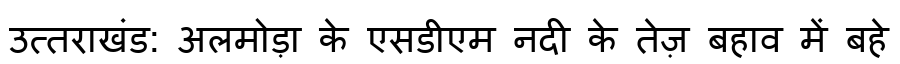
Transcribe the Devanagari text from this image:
उत्तराखंड: अलमोड़ा के एसडीएम नदी के तेज़ बहाव में बहे